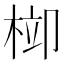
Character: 𣒂